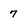
Character: 7